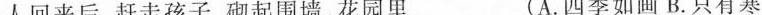
人回来后，赶走孩子，砌起围墙，花园里___(A.四季如画 B.只有寒